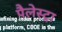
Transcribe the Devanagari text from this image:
पैलेस्ट्रा